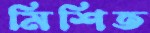
মিশিত